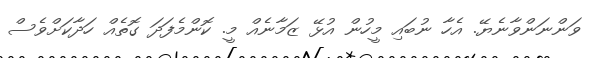
ވަންނަންވާނެޔޭ. އެހާ ނުބައި މީހުން އުޅޭ ޒަމާނެއް މީ. ކޮންމެފަދަ ގޮތެއް ހަދާކަށްވެސް